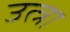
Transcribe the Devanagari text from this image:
उत्त्रा